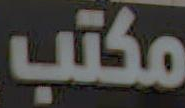
مكتب